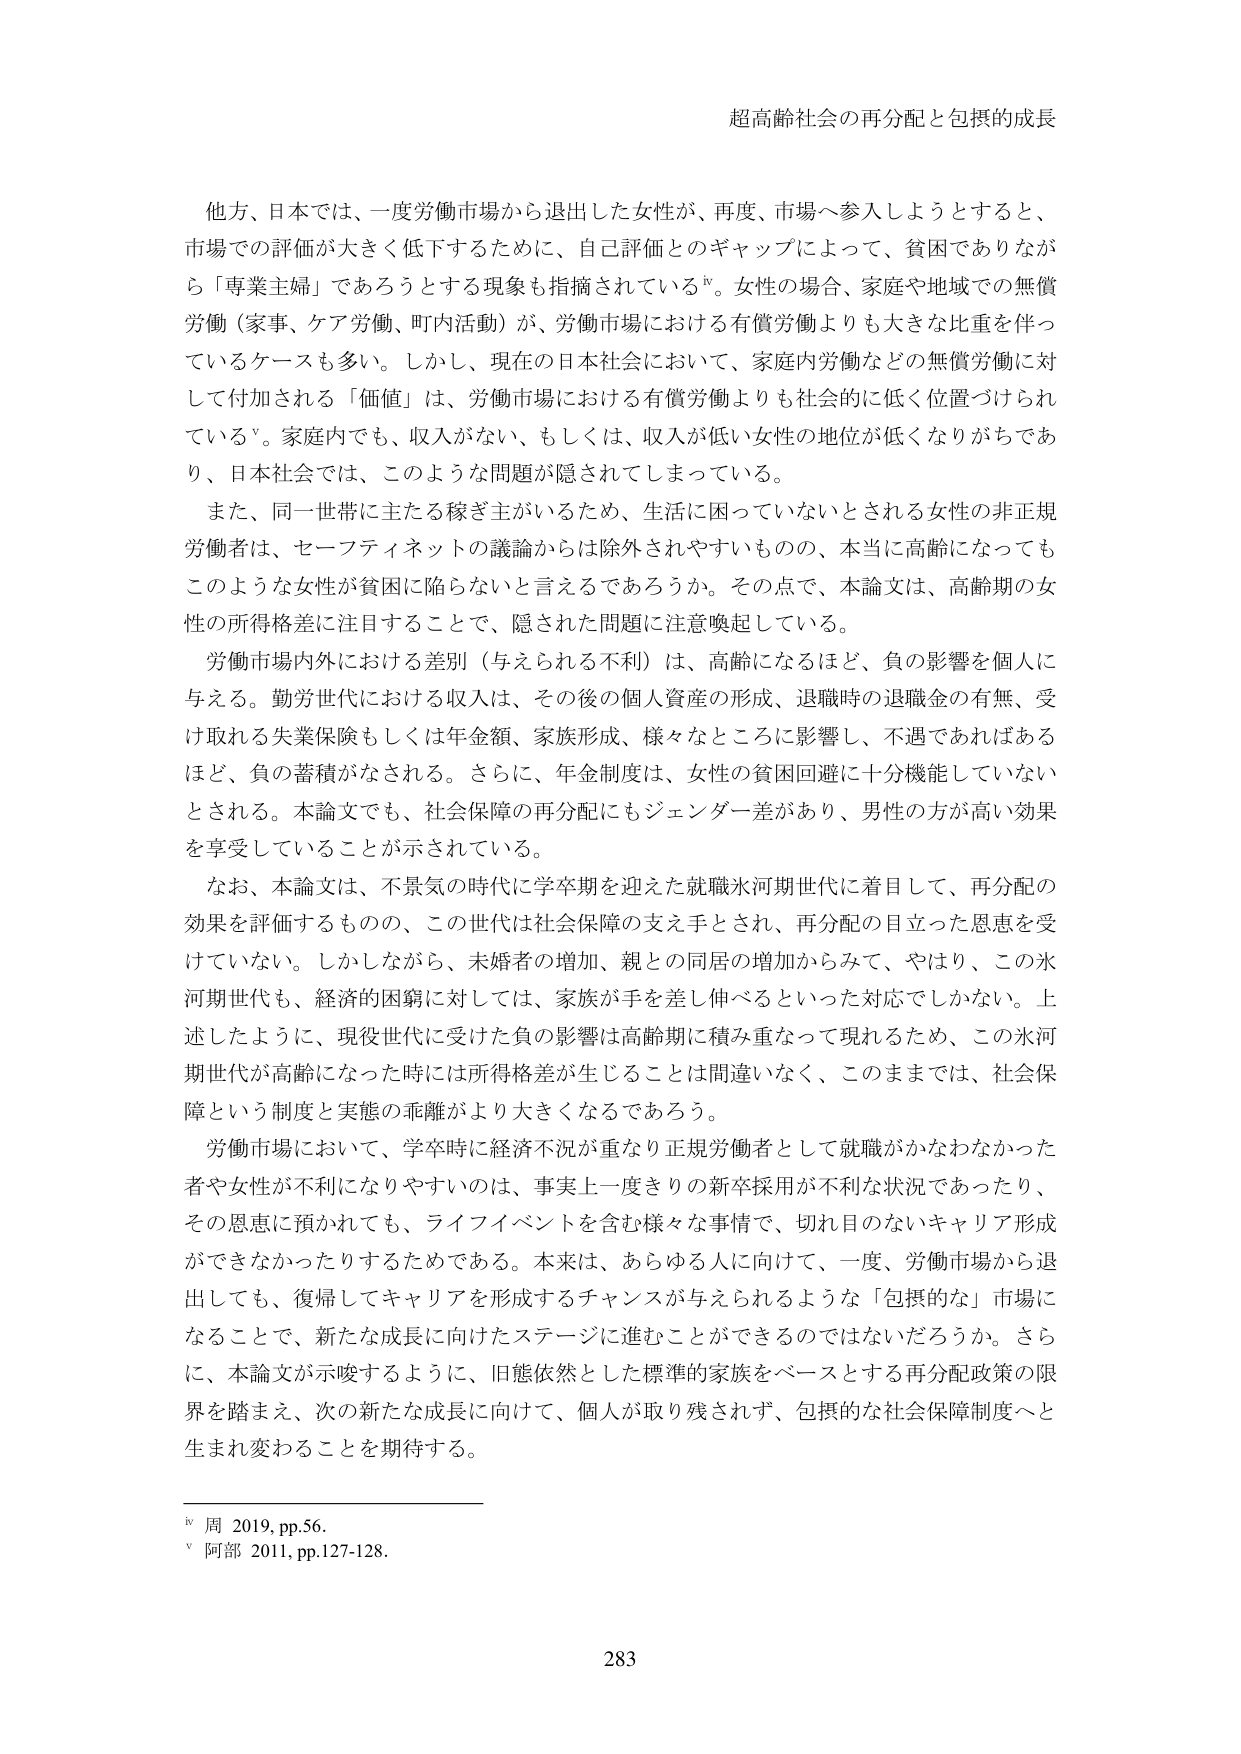
超高齢社会の再分配と包摂的成長

他方、日本では、一度労働市場から退出した女性が、再度、市場へ参入しようとすると、市場での評価が大きく低下するために、自己評価とのギャップによって、貧困でありながら「専業主婦」であろうとする現象も指摘されているiv。女性の場合、家庭や地域での無償労働（家事、ケア労働、町内活動）が、労働市場における有償労働よりも大きな比重を伴っているケースも多い。しかし、現在の日本社会において、家庭内労働などの無償労働に対して付加される「価値」は、労働市場における有償労働よりも社会的に低く位置づけられているv。家庭内でも、収入がない、もしくは、収入が低い女性の地位が低くなりがちであり、日本社会では、このような問題が隠されてしまっている。

また、同一世帯に主たる稼ぎ主がいるため、生活に困っていないとされる女性の非正規労働者は、セーフティネットの議論からは除外されやすいものの、本当に高齢になってもこのような女性が貧困に陥らないと言えるであろうか。その点で、本論文は、高齢期の女性の所得格差に注目することで、隠された問題に注意喚起している。

労働市場内外における差別（与えられる不利）は、高齢になるほど、負の影響を個人に与える。勤労世代における収入は、その後の個人資産の形成、退職時の退職金の有無、受け取れる失業保険もしくは年金額、家族形成、様々などころに影響し、不遇であればあるほど、負の蓄積がなされる。さらに、年金制度は、女性の貧困回避に十分機能していないとされる。本論文でも、社会保障の再分配にもジェンダー差があり、男性の方が高い効果を享受していることが示されている。

なお、本論文は、不景気の時代に学卒期を迎えた就職氷河期世代に着目して、再分配の効果を評価するものの、この世代は社会保障の支え手とされ、再分配の目立った恩恵を受けていない。しかしながら、未婚者の増加、親との同居の増加からみて、やはり、この氷河期世代も、経済的困窮に対しては、家族が手を差し伸べるといった対応でしかない。上述したように、現役世代に受けた負の影響は高齢期に積み重なって現れるため、この氷河期世代が高齢になった時には所得格差が生じることは間違いなく、このままでは、社会保障という制度と実態の乖離がより大きくなるであろう。

労働市場において、学卒時に経済不況が重なり正規労働者として就職がかなわなかった者や女性が不利になりやすいのは、事実上一度きりの新卒採用が不利な状況であったり、その恩恵に預かれてても、ライフイベントを含む様々な事情で、切れ目のないキャリア形成ができなかったりするためである。本来は、あらゆる人に向けて、一度、労働市場から退出しても、復帰してキャリアを形成するチャンスが与えられるような「包摂的な」市場になることで、新たな成長に向けたステージに進むことができるのではないだろうか。さらに、本論文が示唆するように、旧態依然とした標準的家族をベースとする再分配政策の限界を踏まえ、次の新たな成長に向けて、個人が取り残されず、包摂的な社会保障制度へと生まれ変わることを期待する。

iv 周 2019, pp.56.
v 阿部 2011, pp.127-128.

283